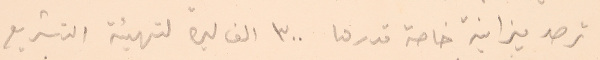
ترصد ميزانية خاصة قدرها ٣٠٠ الف ليرة لتهيئة التشريع